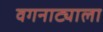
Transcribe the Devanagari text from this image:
वगनाट्याला